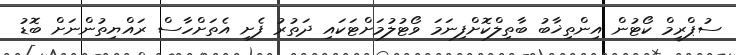
ސުޕްރީމް ކޯޓުން އިންތިޚާބު ބާތިލްކޮށްފިނަމަ ވޯޓުލުމަށްޓަކައި ދަތުރު ފެށި އެތަށްހާސް ރައްޔިތުންނަށް ބޮޑު